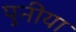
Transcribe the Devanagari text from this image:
पुनीया